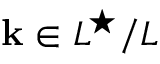
{ \bf k } \in { \cal L } ^ { \star } / L